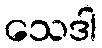
သေဒါ